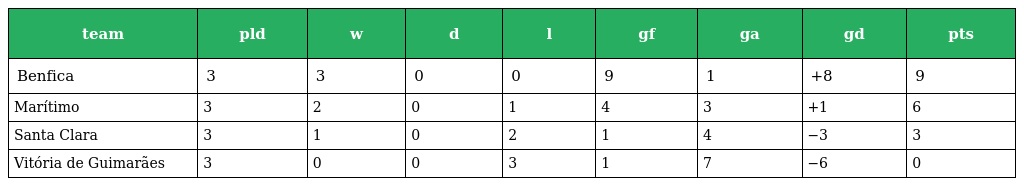
| team | pld | w | d | l | gf | ga | gd | pts |
 | --- | --- | --- | --- | --- | --- | --- | --- | --- |
 | Benfica | 3 | 3 | 0 | 0 | 9 | 1 | +8 | 9 |
 | Marítimo | 3 | 2 | 0 | 1 | 4 | 3 | +1 | 6 |
 | Santa Clara | 3 | 1 | 0 | 2 | 1 | 4 | −3 | 3 |
 | Vitória de Guimarães | 3 | 0 | 0 | 3 | 1 | 7 | −6 | 0 |